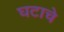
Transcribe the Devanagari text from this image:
घटाचे